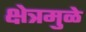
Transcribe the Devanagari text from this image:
क्षेत्रमुळे